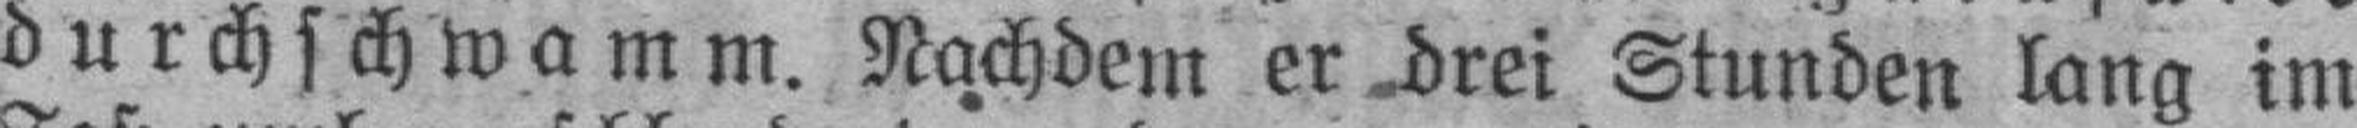
durchschwamm. Nachdem er drei Stunden lang im